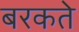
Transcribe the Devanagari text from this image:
बरकते